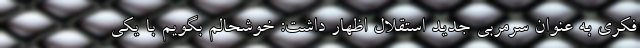
فکری به عنوان سرمربی جدید استقلال اظهار داشت: خوشحالم بگویم با یکی